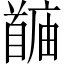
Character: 𬳙